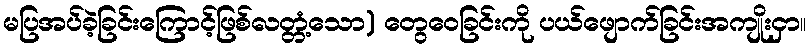
မပြအပ်ခဲ့ခြင်းကြောင့်ဖြစ်လတ္တံ့သော) တွေဝေခြင်းကို ပယ်ဖျောက်ခြင်းအကျိုးငှာ။